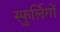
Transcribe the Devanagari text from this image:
स्फुर्लिगों